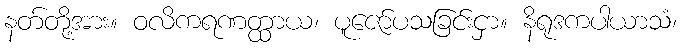
နတ်တို့အား။ ဝလိကရဏတ္ထာယ၊ ပူဇော်ပသခြင်းငှာ။ နိရုဒကပါယာသံ၊